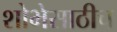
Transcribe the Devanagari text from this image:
शोभेसाठीच